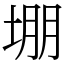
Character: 堋